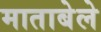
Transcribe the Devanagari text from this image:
माताबेले